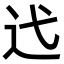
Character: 𫐟